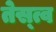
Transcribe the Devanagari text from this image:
तेस्त्व